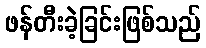
ဖန်တီးခဲ့ခြင်းဖြစ်သည်